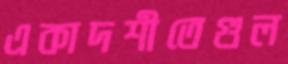
একাদশীতেগুল